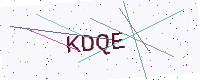
Text: KDQE